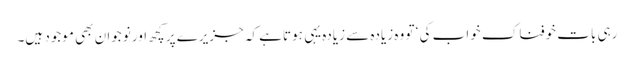
رہی بات خوفناک خواب کی ‘ تو وہ زیادہ سے زیادہ یہی ہوتاہے کہ جزیرے پر کچھ اور نوجوان بھی موجود ہیں۔